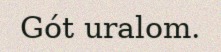
Gót uralom.